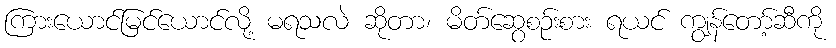
ကြားယောင်မြင်ယောင်လို့ မရသလဲ ဆိုတာ၊ မိတ်ဆွေစဉ်းစား ရယင် ကျွန်တော့်ဆီကို